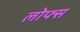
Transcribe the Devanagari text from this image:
लोफ्स